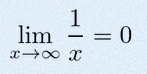
\lim_{x\to\infty}\frac{1}{x}=0